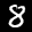
Label: 8